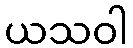
ယသဝါ